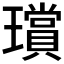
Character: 𤪸